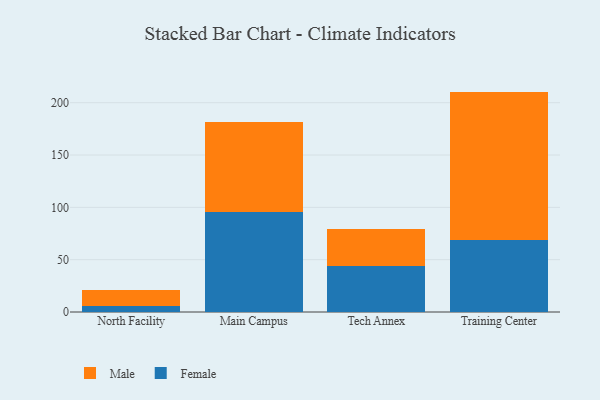
{"axis": {"x": "Campus", "y": "Humidity (%)"}, "legend": ["Female", "Male"], "data": [{"x": "North Facility", "y": 5.3, "type": "Female"}, {"x": "North Facility", "y": 15.3, "type": "Male"}, {"x": "Main Campus", "y": 95.6, "type": "Female"}, {"x": "Main Campus", "y": 86.2, "type": "Male"}, {"x": "Tech Annex", "y": 44.2, "type": "Female"}, {"x": "Tech Annex", "y": 35.0, "type": "Male"}, {"x": "Training Center", "y": 69.0, "type": "Female"}, {"x": "Training Center", "y": 141.6, "type": "Male"}]}